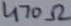
Text: 470Ω